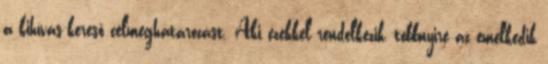
a kihívás-kereső célmeghatározást. Aki ezekkel rendelkezik, többnyire az emelkedik